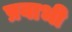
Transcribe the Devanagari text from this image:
प्रवाभी